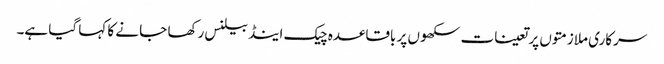
سرکاری ملازمتوں پر تعینات سکھوں پر باقاعدہ چیک اینڈ بیلنس رکھا جا نے کا کہا گیا ہے۔